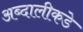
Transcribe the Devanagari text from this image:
अब्दालीकडे